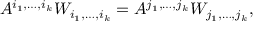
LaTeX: A ^ { i _ { 1 } , \dots , i _ { k } } W _ { i _ { 1 } , \dots , i _ { k } } = A ^ { j _ { 1 } , \dots , j _ { k } } W _ { j _ { 1 } , \dots , j _ { k } } ,